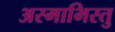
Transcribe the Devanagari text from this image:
अस्माभिस्तु